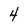
Character: 4